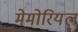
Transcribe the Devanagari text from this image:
मेमोरियल